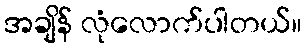
အချိန် လုံလောက်ပါတယ်။